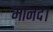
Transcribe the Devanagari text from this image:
मानद।